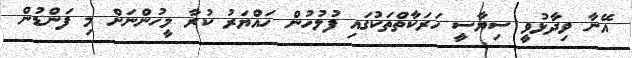
އޭނާ ވިދާޅުވީ ސިޔާސީ ހަރަކާތްތަކުގައި ފުލުހުން ހައްޔަރު ކުރާ މީހުންނަށް މި ފަންޑުން